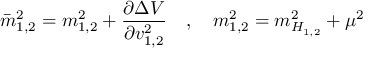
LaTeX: \bar { m } _ { { 1 , 2 } } ^ { 2 } = { m } _ { { 1 , 2 } } ^ { 2 } + \frac { \partial \Delta V } { \partial v _ { { 1 , 2 } } ^ { 2 } } \quad , \quad { m } _ { { 1 , 2 } } ^ { 2 } = { m } _ { H _ { { 1 , 2 } } } ^ { 2 } + \mu ^ { 2 }